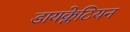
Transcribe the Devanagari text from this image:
डायक्लेटियन